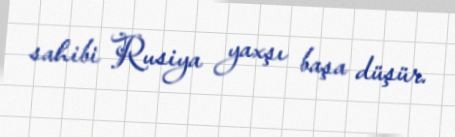
sahibi Rusiya yaxşı başa düşür.